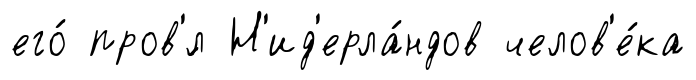
его́ пров'́л Н'ид'ерла́ндов челов'е́ка